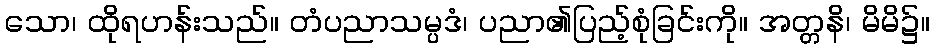
သော၊ ထိုရဟန်းသည်။ တံပညာသမ္ပဒံ၊ ပညာ၏ပြည့်စုံခြင်းကို။ အတ္တနိ၊ မိမိ၌။